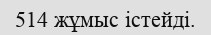
514 жұмыс істейді.